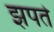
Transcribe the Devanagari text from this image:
झपते